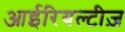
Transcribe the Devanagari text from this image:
आईरियल्टीज़